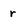
Character: r